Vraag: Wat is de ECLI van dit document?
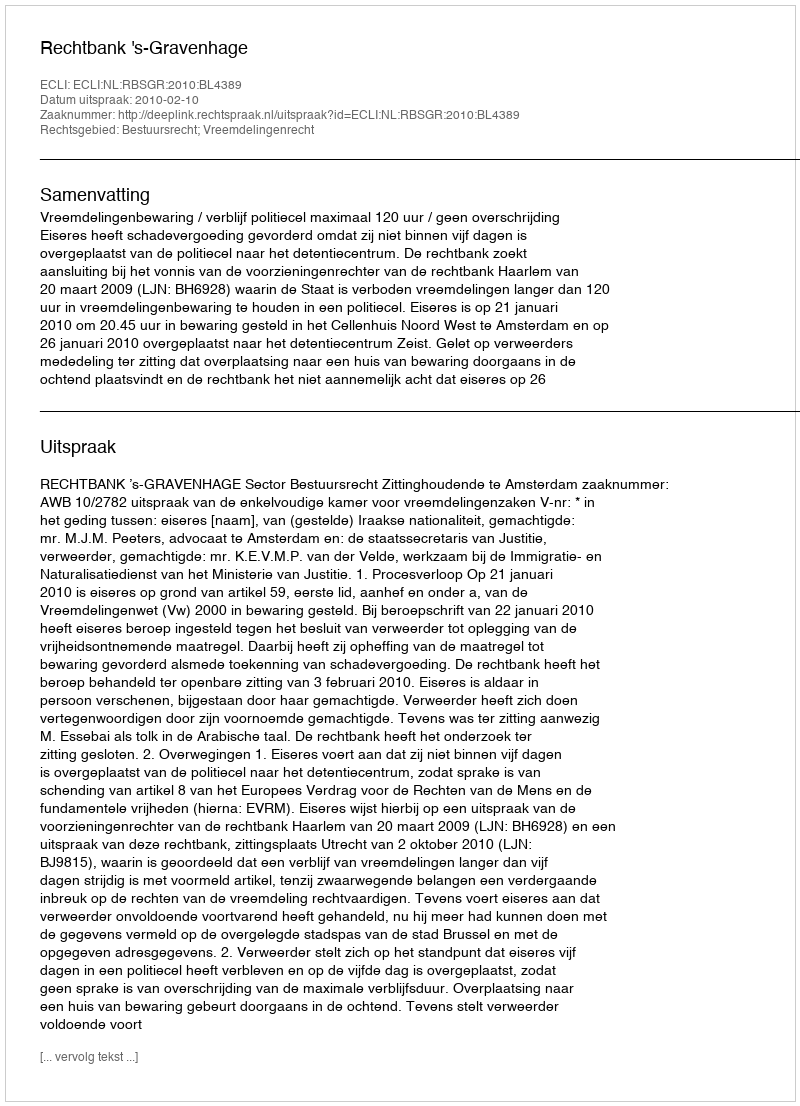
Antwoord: ECLI:NL:RBSGR:2010:BL4389